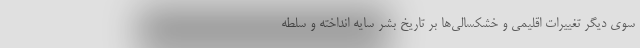
سوی دیگر تغییرات اقلیمی و خشکسالی‌ها بر تاریخ بشر سایه انداخته و سلطه